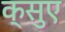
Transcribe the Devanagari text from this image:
क्सुए